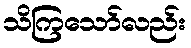
သိကြသော်လည်း